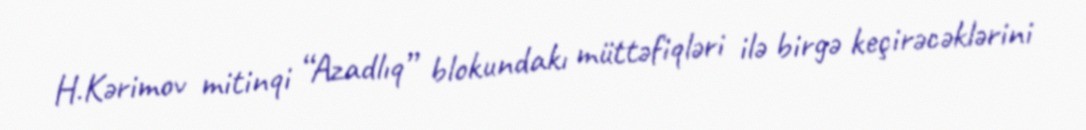
H.Kərimov mitinqi “Azadlıq” blokundakı müttəfiqləri ilə birgə keçirəcəklərini